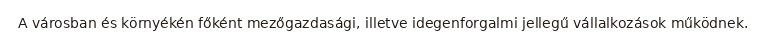
A városban és környékén főként mezőgazdasági, illetve idegenforgalmi jellegű vállalkozások működnek.